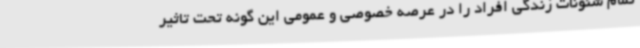
تمام شئونات زندگی افراد را در عرصه‌ خصوصی و عمومی این گونه تحت تاثیر